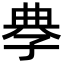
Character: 𡥳